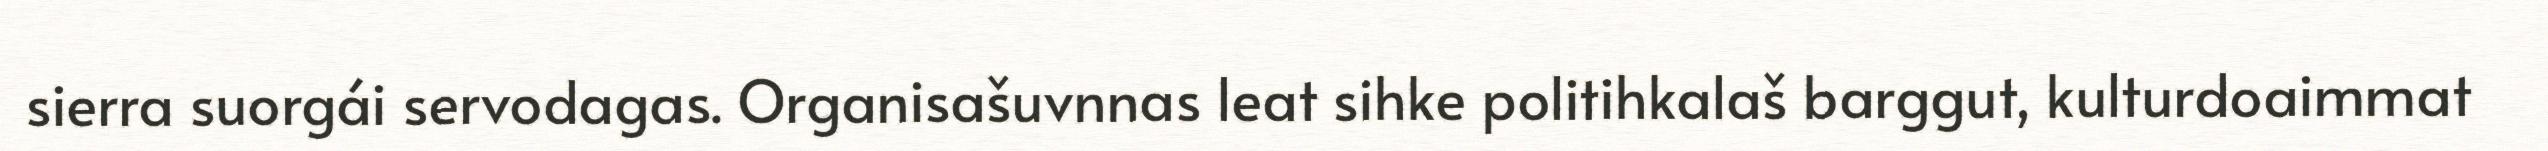
sierra suorgái servodagas. Organisašuvnnas leat sihke politihkalaš barggut, kulturdoaimmat